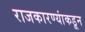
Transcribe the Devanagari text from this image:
राजकारण्यांकडून